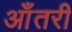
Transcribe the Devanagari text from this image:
आँतरी